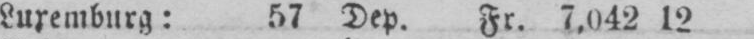
Luxemburg: 57 Dep. Fr. 7,042 12